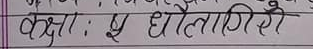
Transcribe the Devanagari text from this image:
कक्षा: यू धौलागिरी